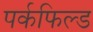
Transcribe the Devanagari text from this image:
पर्कफिल्ड